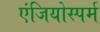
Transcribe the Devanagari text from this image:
एंजियोस्पर्म